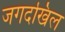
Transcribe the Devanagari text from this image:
जगदखिल